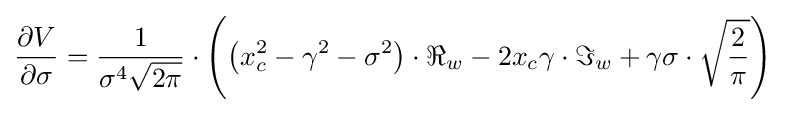
{\begin{aligned}{\frac {\partial V}{\partial \sigma }}={\frac {1}{\sigma ^{4}{\sqrt {2\pi }}}}\cdot \left(\left(x_{c}^{2}-\gamma ^{2}-\sigma ^{2}\right)\cdot \Re _{w}-2x_{c}\gamma \cdot \Im _{w}+\gamma \sigma \cdot {\sqrt {\frac {2}{\pi }}}\right)\end{aligned}}